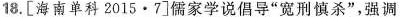
18. [海南单科2015·7] 儒家学说倡导”宽刑慎杀”，强调